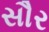
સૌર